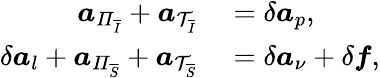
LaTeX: \begin{array}{rl}{\boldsymbol{a}_{\mathit{\Pi}_{\overline{{I}}}}+\boldsymbol{a}_{\mathcal{T}_{\overline{{I}}}}}&{{}=\delta\boldsymbol{a}_{p},}\\ {\delta\boldsymbol{a}_{l}+\boldsymbol{a}_{\mathit{\Pi}_{\overline{{S}}}}+\boldsymbol{a}_{\mathcal{T}_{\overline{{S}}}}}&{{}=\delta\boldsymbol{a}_{\nu}+\delta\boldsymbol{f},}\end{array}